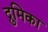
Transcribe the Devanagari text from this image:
द्रुमिका